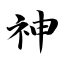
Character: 神